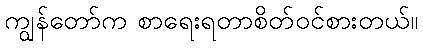
ကျွန်တော်က စာရေးရတာစိတ်ဝင်စားတယ်။